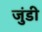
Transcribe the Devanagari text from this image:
जुंडी